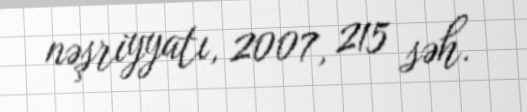
nəşriyyatı, 2007, 215 səh.